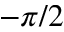
- \pi / 2